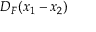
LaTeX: D _ { F } ( x _ { 1 } - x _ { 2 } )